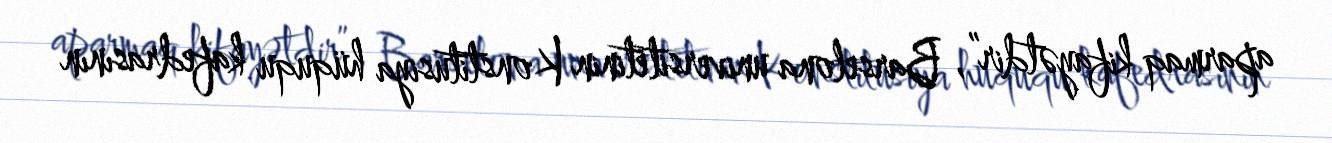
aparmaq kifayətdir”, Barselona universitetinin Konstitusiya hüququ kafedrasının